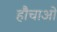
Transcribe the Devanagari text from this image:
हौचाओ